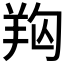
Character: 𦍨